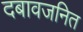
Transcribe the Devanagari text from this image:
दबावजनित